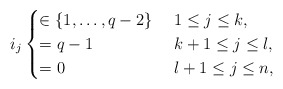
\begin{align*}i_j\begin{cases}\in\{1,\dots,q-2\}&\ 1\le j\le k,\cr=q-1&\ k+1\le j\le l,\cr=0&\ l+1\le j\le n,\end{cases}\end{align*}